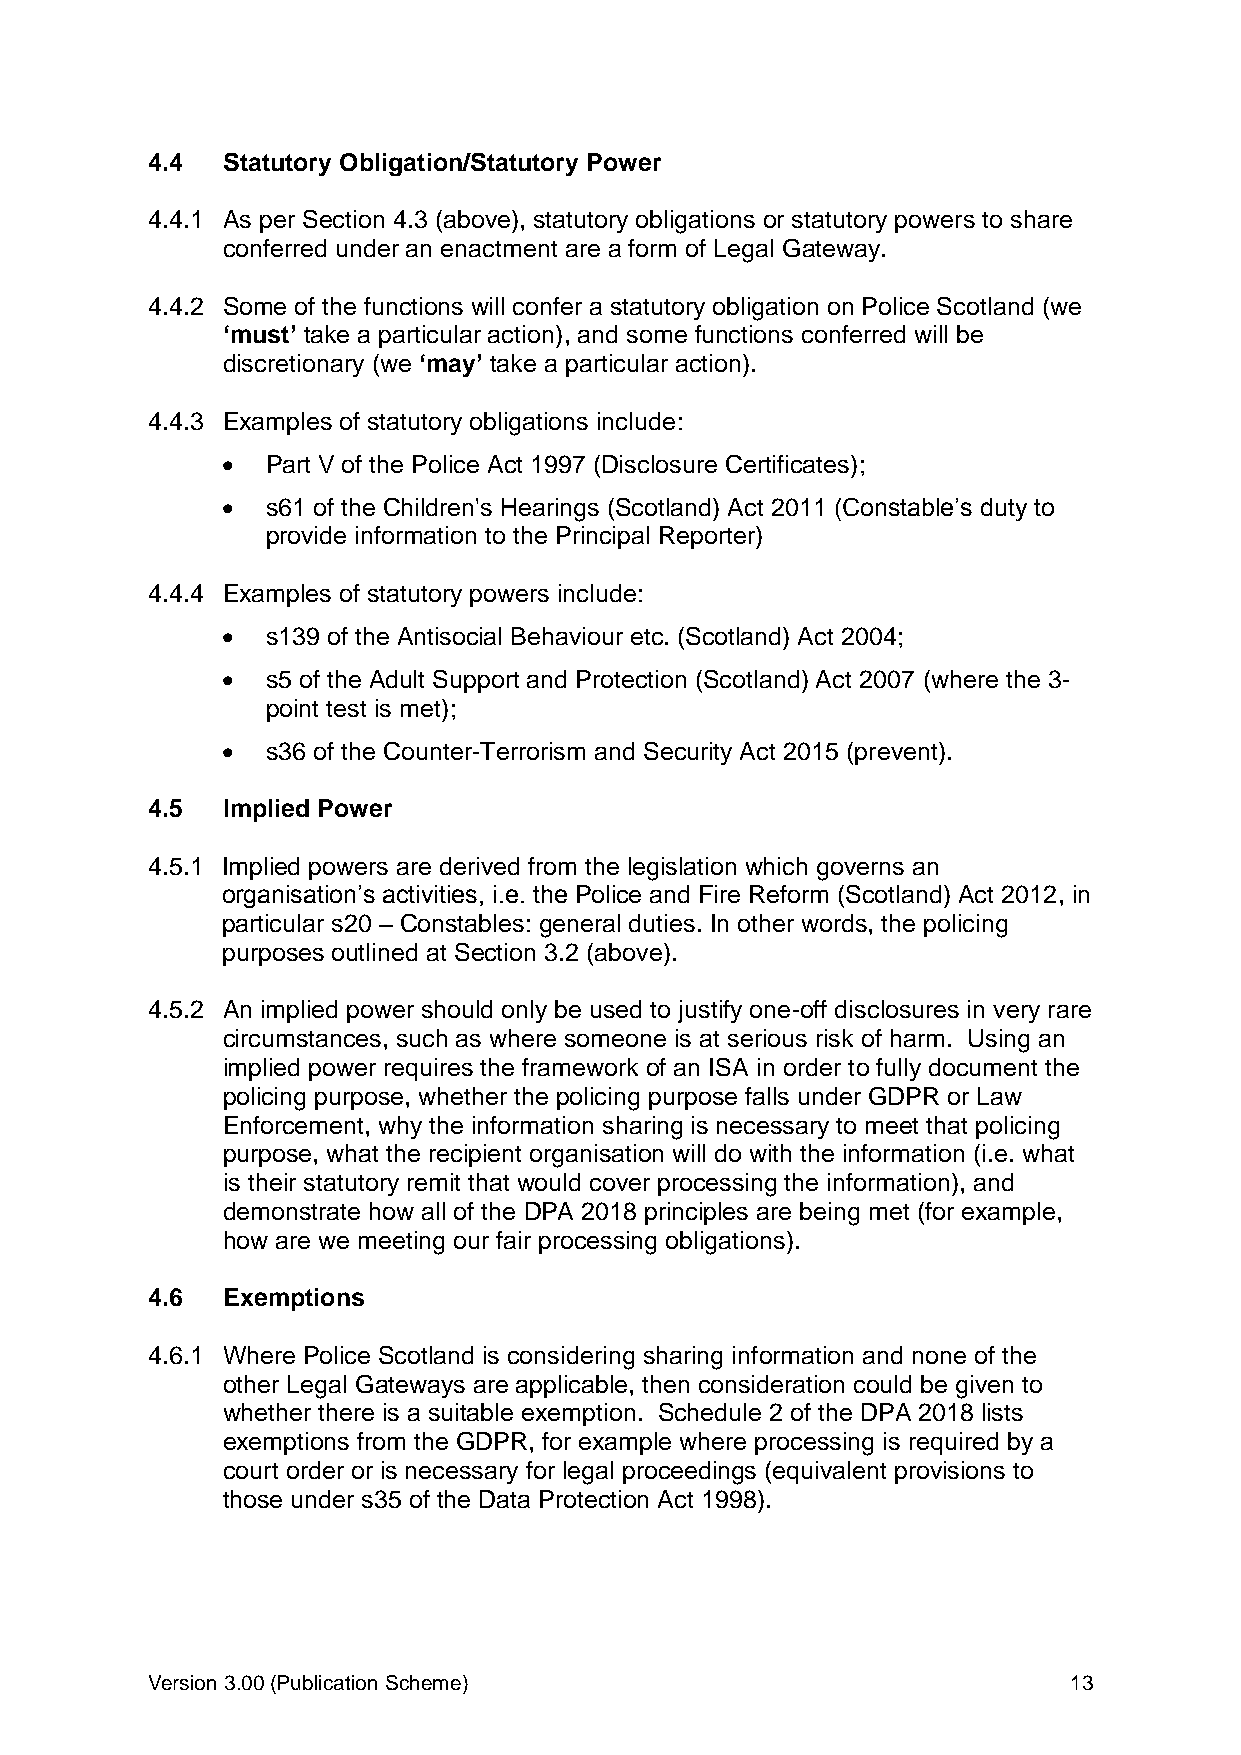
4.4  Statutory Obligation/Statutory Power
 4.4.1 As per Section 4.3 (above), statutory obligations or statutory powers to share
 conferred under an enactment are a form of Legal Gateway.
 4.4.2 Some of the functions will confer a statutory obligation on Police Scotland (we
 ‘must’ take a particular action), and some functions conferred will be
 discretionary (we ‘may’ take a particular action).
 4.4.3 Examples of statutory obligations include:
   Part V of the Police Act 1997 (Disclosure Certificates);
   s61 of the Children's Hearings (Scotland) Act 2011 (Constable’s duty to
 provide information to the Principal Reporter)
 4.4.4 Examples of statutory powers include:
   s139 of the Antisocial Behaviour etc. (Scotland) Act 2004;
   s5 of the Adult Support and Protection (Scotland) Act 2007 (where the 3-
 point test is met);
   s36 of the Counter-Terrorism and Security Act 2015 (prevent).
 4.5  Implied Power
 4.5.1 Implied powers are derived from the legislation which governs an
 organisation’s activities, i.e. the Police and Fire Reform (Scotland) Act 2012, in
 particular s20 – Constables: general duties. In other words, the policing
 purposes outlined at Section 3.2 (above).
 4.5.2 An implied power should only be used to justify one-off disclosures in very rare
 circumstances, such as where someone is at serious risk of harm. Using an
 implied power requires the framework of an ISA in order to fully document the
 policing purpose, whether the policing purpose falls under GDPR or Law
 Enforcement, why the information sharing is necessary to meet that policing
 purpose, what the recipient organisation will do with the information (i.e. what
 is their statutory remit that would cover processing the information), and
 demonstrate how all of the DPA 2018 principles are being met (for example,
 how are we meeting our fair processing obligations).
 4.6  Exemptions
 4.6.1 Where Police Scotland is considering sharing information and none of the
 other Legal Gateways are applicable, then consideration could be given to
 whether there is a suitable exemption. Schedule 2 of the DPA 2018 lists
 exemptions from the GDPR, for example where processing is required by a
 court order or is necessary for legal proceedings (equivalent provisions to
 those under s35 of the Data Protection Act 1998).
 Version 3.00 (Publication Scheme)                            13